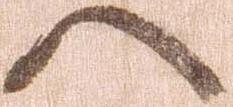
へ